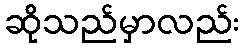
ဆိုသည်မှာလည်း